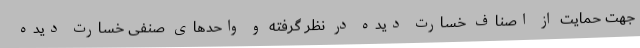
جهت حمایت از اصناف خسارت دیده در نظر گرفته و واحدهای صنفی خسارت دیده